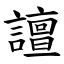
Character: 譠